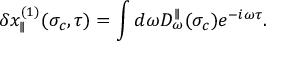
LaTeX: \delta x _ { \parallel } ^ { ( 1 ) } ( \sigma _ { c } , \tau ) = \int d \omega D _ { \omega } ^ { \parallel } ( \sigma _ { c } ) e ^ { - i \omega \tau } .